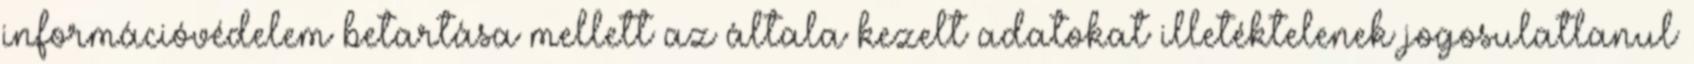
információvédelem betartása mellett az általa kezelt adatokat illetéktelenek jogosulatlanul